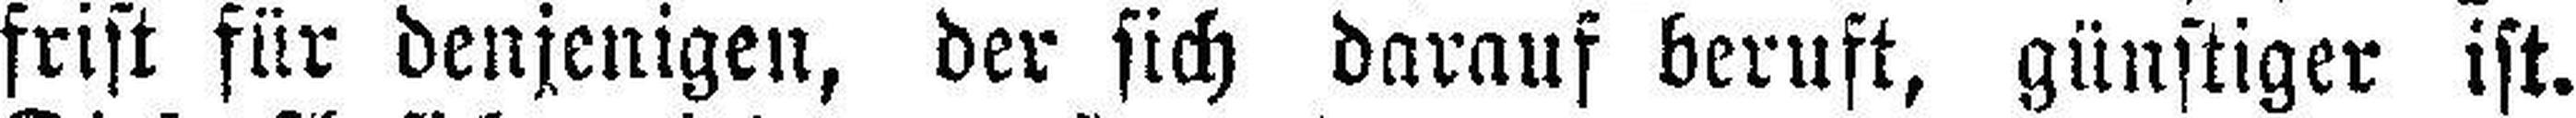
frist für denjenigen, der sich darauf beruft, günstiger ist.